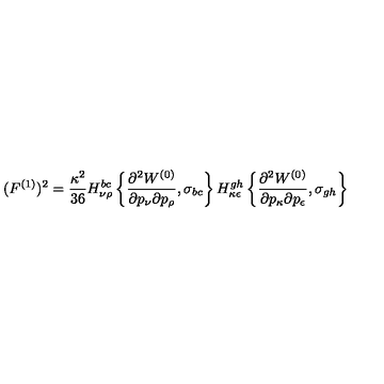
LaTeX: ( F ^ { ( 1 ) } ) ^ { 2 } = \frac { \kappa ^ { 2 } } { 3 6 } H _ { \nu \rho } ^ { b c } \left\{ \frac { \partial ^ { 2 } W ^ { ( 0 ) } } { \partial p _ { \nu } \partial p _ { \rho } } , \sigma _ { b c } \right\} H _ { \kappa \epsilon } ^ { g h } \left\{ \frac { \partial ^ { 2 } W ^ { ( 0 ) } } { \partial p _ { \kappa } \partial p _ { \epsilon } } , \sigma _ { g h } \right\}